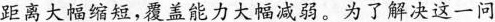
距离大幅缩短，覆盖能力大幅减弱。为了解决这一问